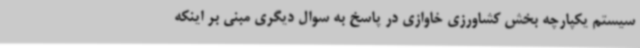
سیستم یکپارچه بخش کشاورزی خاوازی در پاسخ به سوال دیگری مبنی بر اینکه